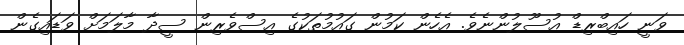
ވަނީ ހައިބްރިޑް އުސޫލުންނެވެ. އެހެން ކަމުން ގައުމުތަކުގެ އިސްވެރިން ސީދާ މާލަމަށް ވަޑައިގެން